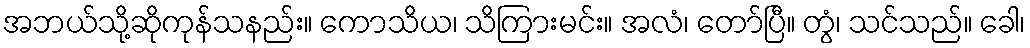
အဘယ်သို့ဆိုကုန်သနည်း။ ကောသိယ၊ သိကြားမင်း။ အလံ၊ တော်ပြီ။ တွံ၊ သင်သည်။ ခေါ၊